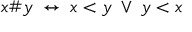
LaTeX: x \# y \; \leftrightarrow \; x < y \; \vee \; y < x